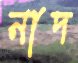
নাদ